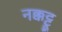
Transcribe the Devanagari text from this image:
नक्कट्टू